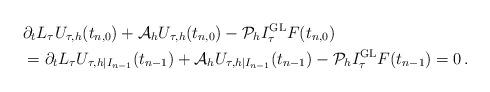
LaTeX: \begin{align*}\begin{aligned}& \partial_t L_\tau U_{\tau,h}(t_{n,0}) + \mathcal A_h U_{\tau,h}(t_{n,0}) - \mathcal P_h I_\tau^{\operatorname{GL}} F(t_{n,0}) \\&= \partial_t L_\tau U_{\tau,h|I_{n-1}}(t_{n-1}) + \mathcal A_h U_{\tau,h|I_{n-1}}(t_{n-1}) - \mathcal P_h I_\tau^{\operatorname{GL}} F(t_{n-1}) = 0 \,.\end{aligned}\end{align*}